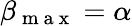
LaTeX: \beta_{\mathrm{~m~a~x~}}=\alpha